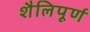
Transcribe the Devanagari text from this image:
शैलिपूर्ण